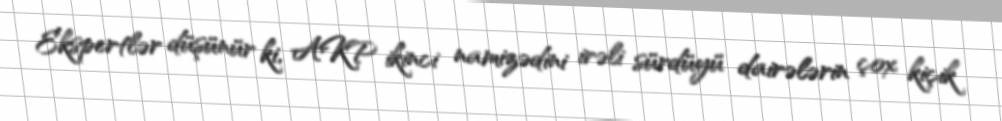
Ekspertlər düşünür ki, AKP ikinci namizədini irəli sürdüyü dairələrin çox kiçik